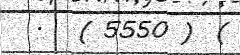
.   ( 5550 )  (